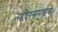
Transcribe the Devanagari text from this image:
मंदिरसमुहाचे